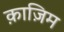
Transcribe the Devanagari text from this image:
क़ाज़िम